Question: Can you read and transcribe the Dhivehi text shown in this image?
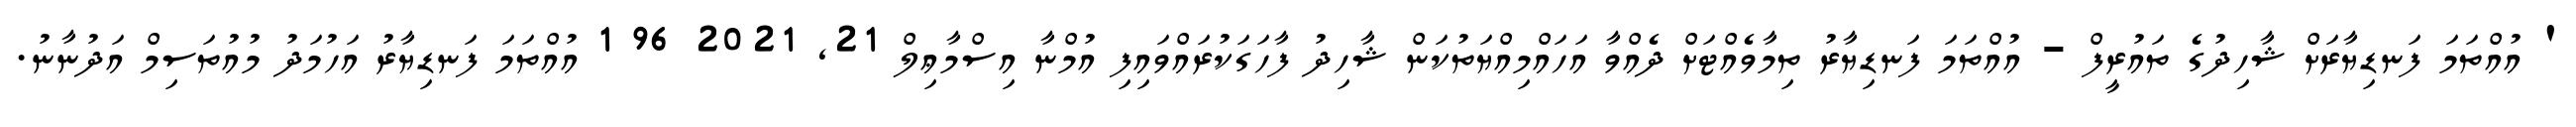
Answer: ' އުއްތަމަ ފަނޑިޔާރަށް ޝާހިދުގެ ތައުރީފް - އުއްތަމަ ފަނޑިޔާރު ތިމާވެއްޓަށް ދެއްވާ އަހައްމިއްޔަތުކަން ޝާހިދު ފާހަގަކުރައްވައިފި އުމްނާ އިސްމާޢިލް 21, 2021 96 1 އުއްތަމަ ފަނޑިޔާރު އަހުމަދު މުއުތަސިމް އަދުނާނު.